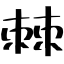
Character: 棘